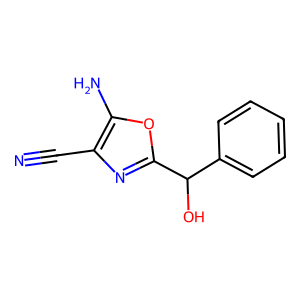
SMILES: N#Cc1nc(C(O)c2ccccc2)oc1N
Inhibits HIV replication: No